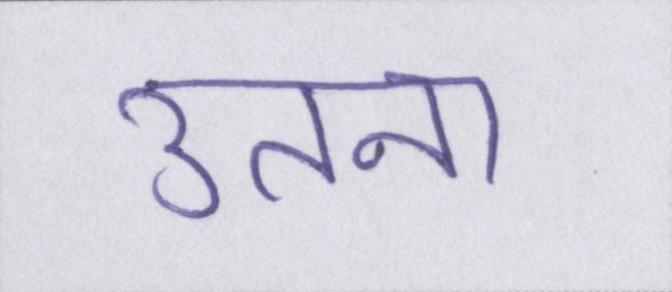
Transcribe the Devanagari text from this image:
उतना